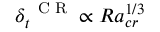
\delta _ { t } ^ { \mathrm { ~ \scriptsize ~ C ~ R ~ } } \propto R a _ { c r } ^ { 1 / 3 }